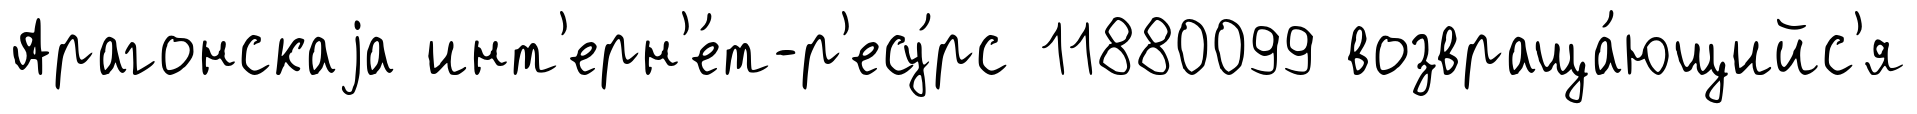
Арагонскаjа инт'ерн'е́т-р'есу́рс 11880099 возвраща́ющийс'я